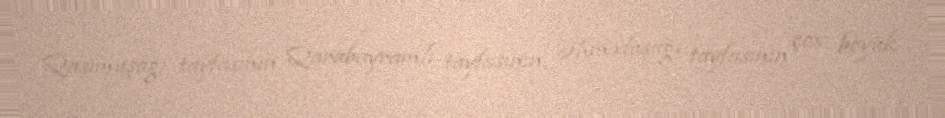
Qasımuşağı tayfasının, Qarabayramlı tayfasının, Əhməduşağı tayfasının çox böyük